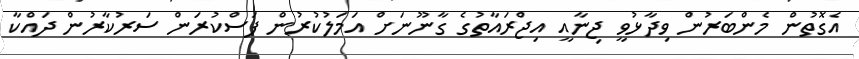
އެގޮތުން މެންބަރުން ވިދާޅުވީ ޖިނާއީ އިޖްރައާތުގެ ގާނޫނަށް އަމަލުކުރުން ފަސްކުރަން ސަރުކާރުން ދައްކާ